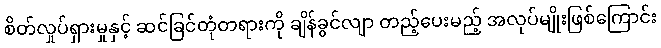
စိတ်လှုပ်ရှားမှုနှင့် ဆင်ခြင်တုံတရားကို ချိန်ခွင်လျာ တည့်ပေးမည့် အလုပ်မျိုးဖြစ်ကြောင်း